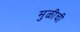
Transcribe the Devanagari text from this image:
मुळीची